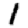
Digit: 1